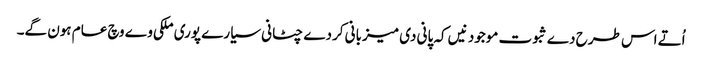
اُتے اس طرح دے ثبوت موجود نیں کہ پانی دی میزبانی کردے چٹانی سیارے پوری ملکی وے وچ عام ہون گے۔